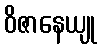
ဝိဇာနေယျု